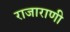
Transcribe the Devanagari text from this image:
राजाराणी